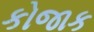
કોજાક